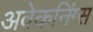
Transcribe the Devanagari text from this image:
अवेकनिंग्स